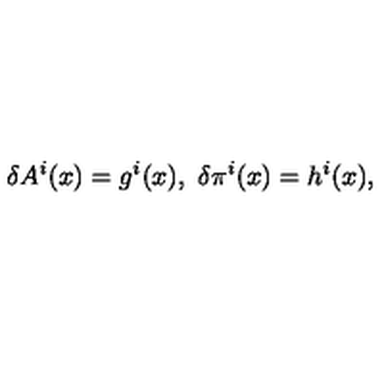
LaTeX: \delta A ^ { i } ( x ) = g ^ { i } ( x ) , \ \delta \pi ^ { i } ( x ) = h ^ { i } ( x ) ,